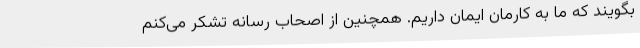
بگویند که ما به کارمان ایمان داریم. همچنین از اصحاب رسانه تشکر می‌کنم